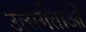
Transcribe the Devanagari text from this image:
उत्सर्गताओं